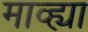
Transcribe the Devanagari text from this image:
माव्ह्या